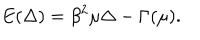
E ( \Delta ) = \beta ^ { 2 } \mu \Delta - \Gamma ( \mu ) .